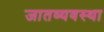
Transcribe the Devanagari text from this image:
जातव्यवस्था